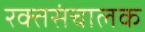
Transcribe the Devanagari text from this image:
रक्तसंचालक